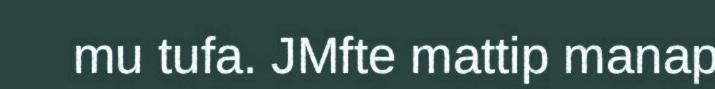
mu tufa. JMfte mattip manap